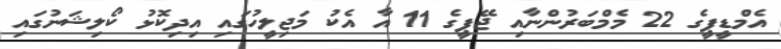
އެމްޑީޕީގެ 22 މެމްބަރުންނާއި ޖޭޕީގެ 11 އާ އެކު މަޖިލީހުގައި އިދިކޮޅު ކޯލިޝަނުގައި